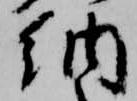
納